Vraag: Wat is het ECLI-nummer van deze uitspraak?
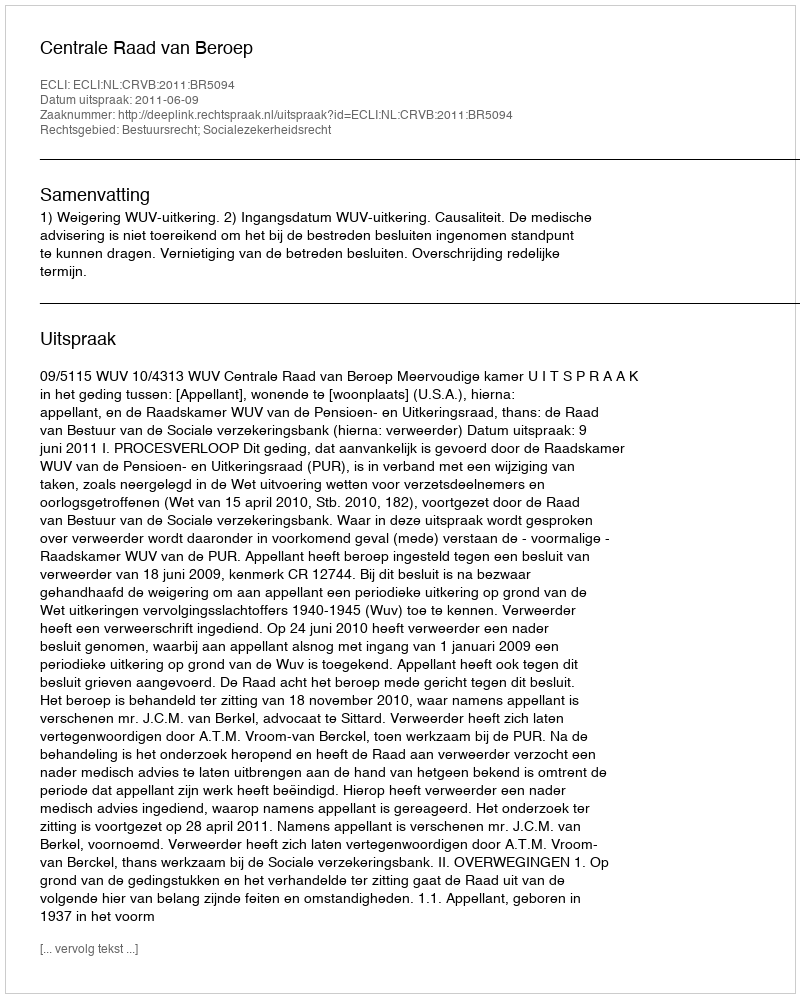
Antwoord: ECLI:NL:CRVB:2011:BR5094